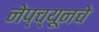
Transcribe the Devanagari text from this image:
नेप्च्यूनचे